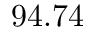
9 4 . 7 4 \